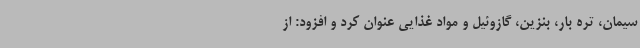
سیمان، تره بار، بنزین، گازوئیل و مواد غذایی عنوان کرد و افزود: از